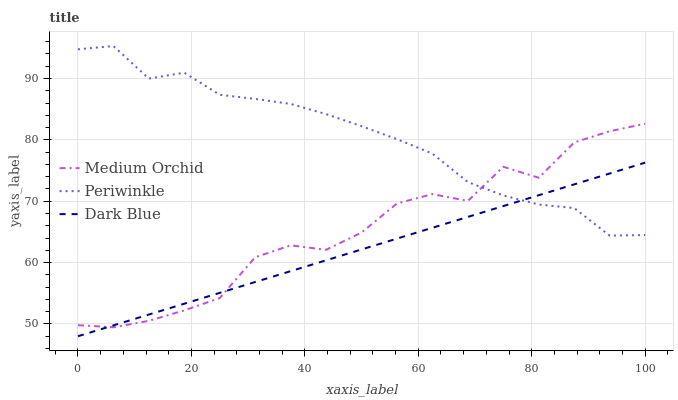
| xaxis_label | Medium Orchid | Periwinkle | Dark Blue |
 | --- | --- | --- | --- |
 | 0 | 49.8 | 94.8 | 48 |
 | 6.25 | 49.5 | 95.3 | 49.8 |
 | 12.5 | 50.5 | 90 | 51.5 |
 | 18.8 | 52.2 | 90.9 | 53.3 |
 | 25 | 54.2 | 87.3 | 55.1 |
 | 31.2 | 60.9 | 86.7 | 56.8 |
 | 37.5 | 62.8 | 85.9 | 58.6 |
 | 43.8 | 62.1 | 84.2 | 60.4 |
 | 50 | 64.9 | 82.2 | 62.1 |
 | 56.2 | 69.6 | 80.1 | 63.9 |
 | 62.5 | 71.2 | 77.8 | 65.7 |
 | 68.8 | 70 | 73.1 | 67.4 |
 | 75 | 75.6 | 70.9 | 69.2 |
 | 81.2 | 73.8 | 69.5 | 71 |
 | 87.5 | 79.6 | 68.9 | 72.8 |
 | 93.8 | 81.4 | 64.4 | 74.5 |
 | 100 | 82.6 | 64.5 | 76.3 |